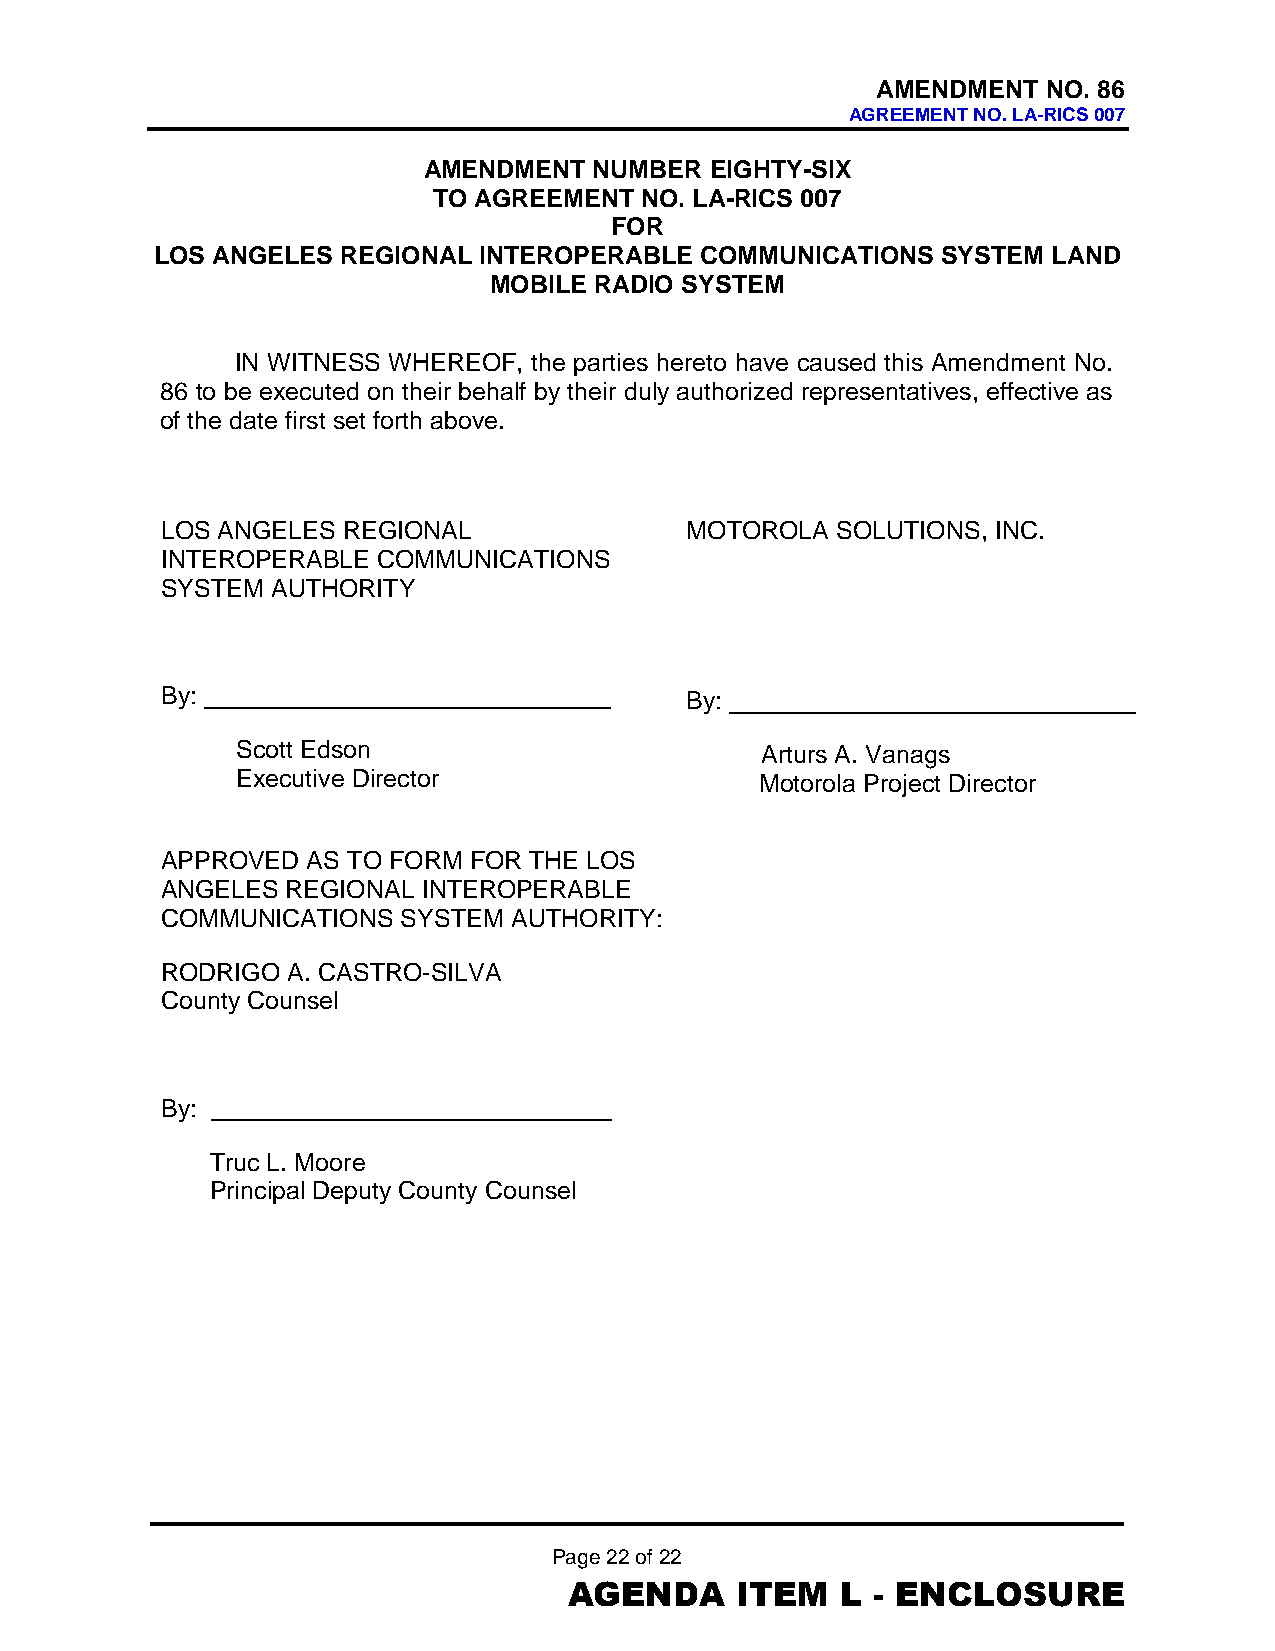
AMENDMENT  NO. 86
 AGREEMENT NO. LA-RICS 007
 AMENDMENT  NUMBER  EIGHTY-SIX
 TO AGREEMENT NO. LA-RICS 007
 FOR
 LOS ANGELES  REGIONAL INTEROPERABLE COMMUNICATIONS  SYSTEM  LAND
 MOBILE RADIO SYSTEM
 IN WITNESS WHEREOF, the parties hereto have caused this Amendment No.
 86 to be executed on their behalf by their duly authorized representatives, effective as
 of the date first set forth above.
 LOS ANGELES REGIONAL              MOTOROLA  SOLUTIONS, INC.
 INTEROPERABLE COMMUNICATIONS
 SYSTEM AUTHORITY
 By:                               By:
 Scott Edson                       Arturs A. Vanags
 Executive Director                Motorola Project Director
 APPROVED AS TO FORM FOR THE LOS
 ANGELES REGIONAL INTEROPERABLE
 COMMUNICATIONS  SYSTEM AUTHORITY:
 RODRIGO A. CASTRO-SILVA
 County Counsel
 By:
 Truc L. Moore
 Principal Deputy County Counsel
 Page 22 of 22
 AGENDA     ITEM   L - ENCLOSURE